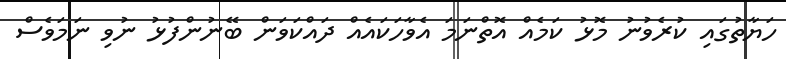
ހަޔާތުގައި ކުރެވުނު މޮޅު ކަމެއް އޮތްނަމަ އެވާހަކައެއް ދައްކަވަން ބޭނުންފުޅު ނުވި ނަމަވެސް